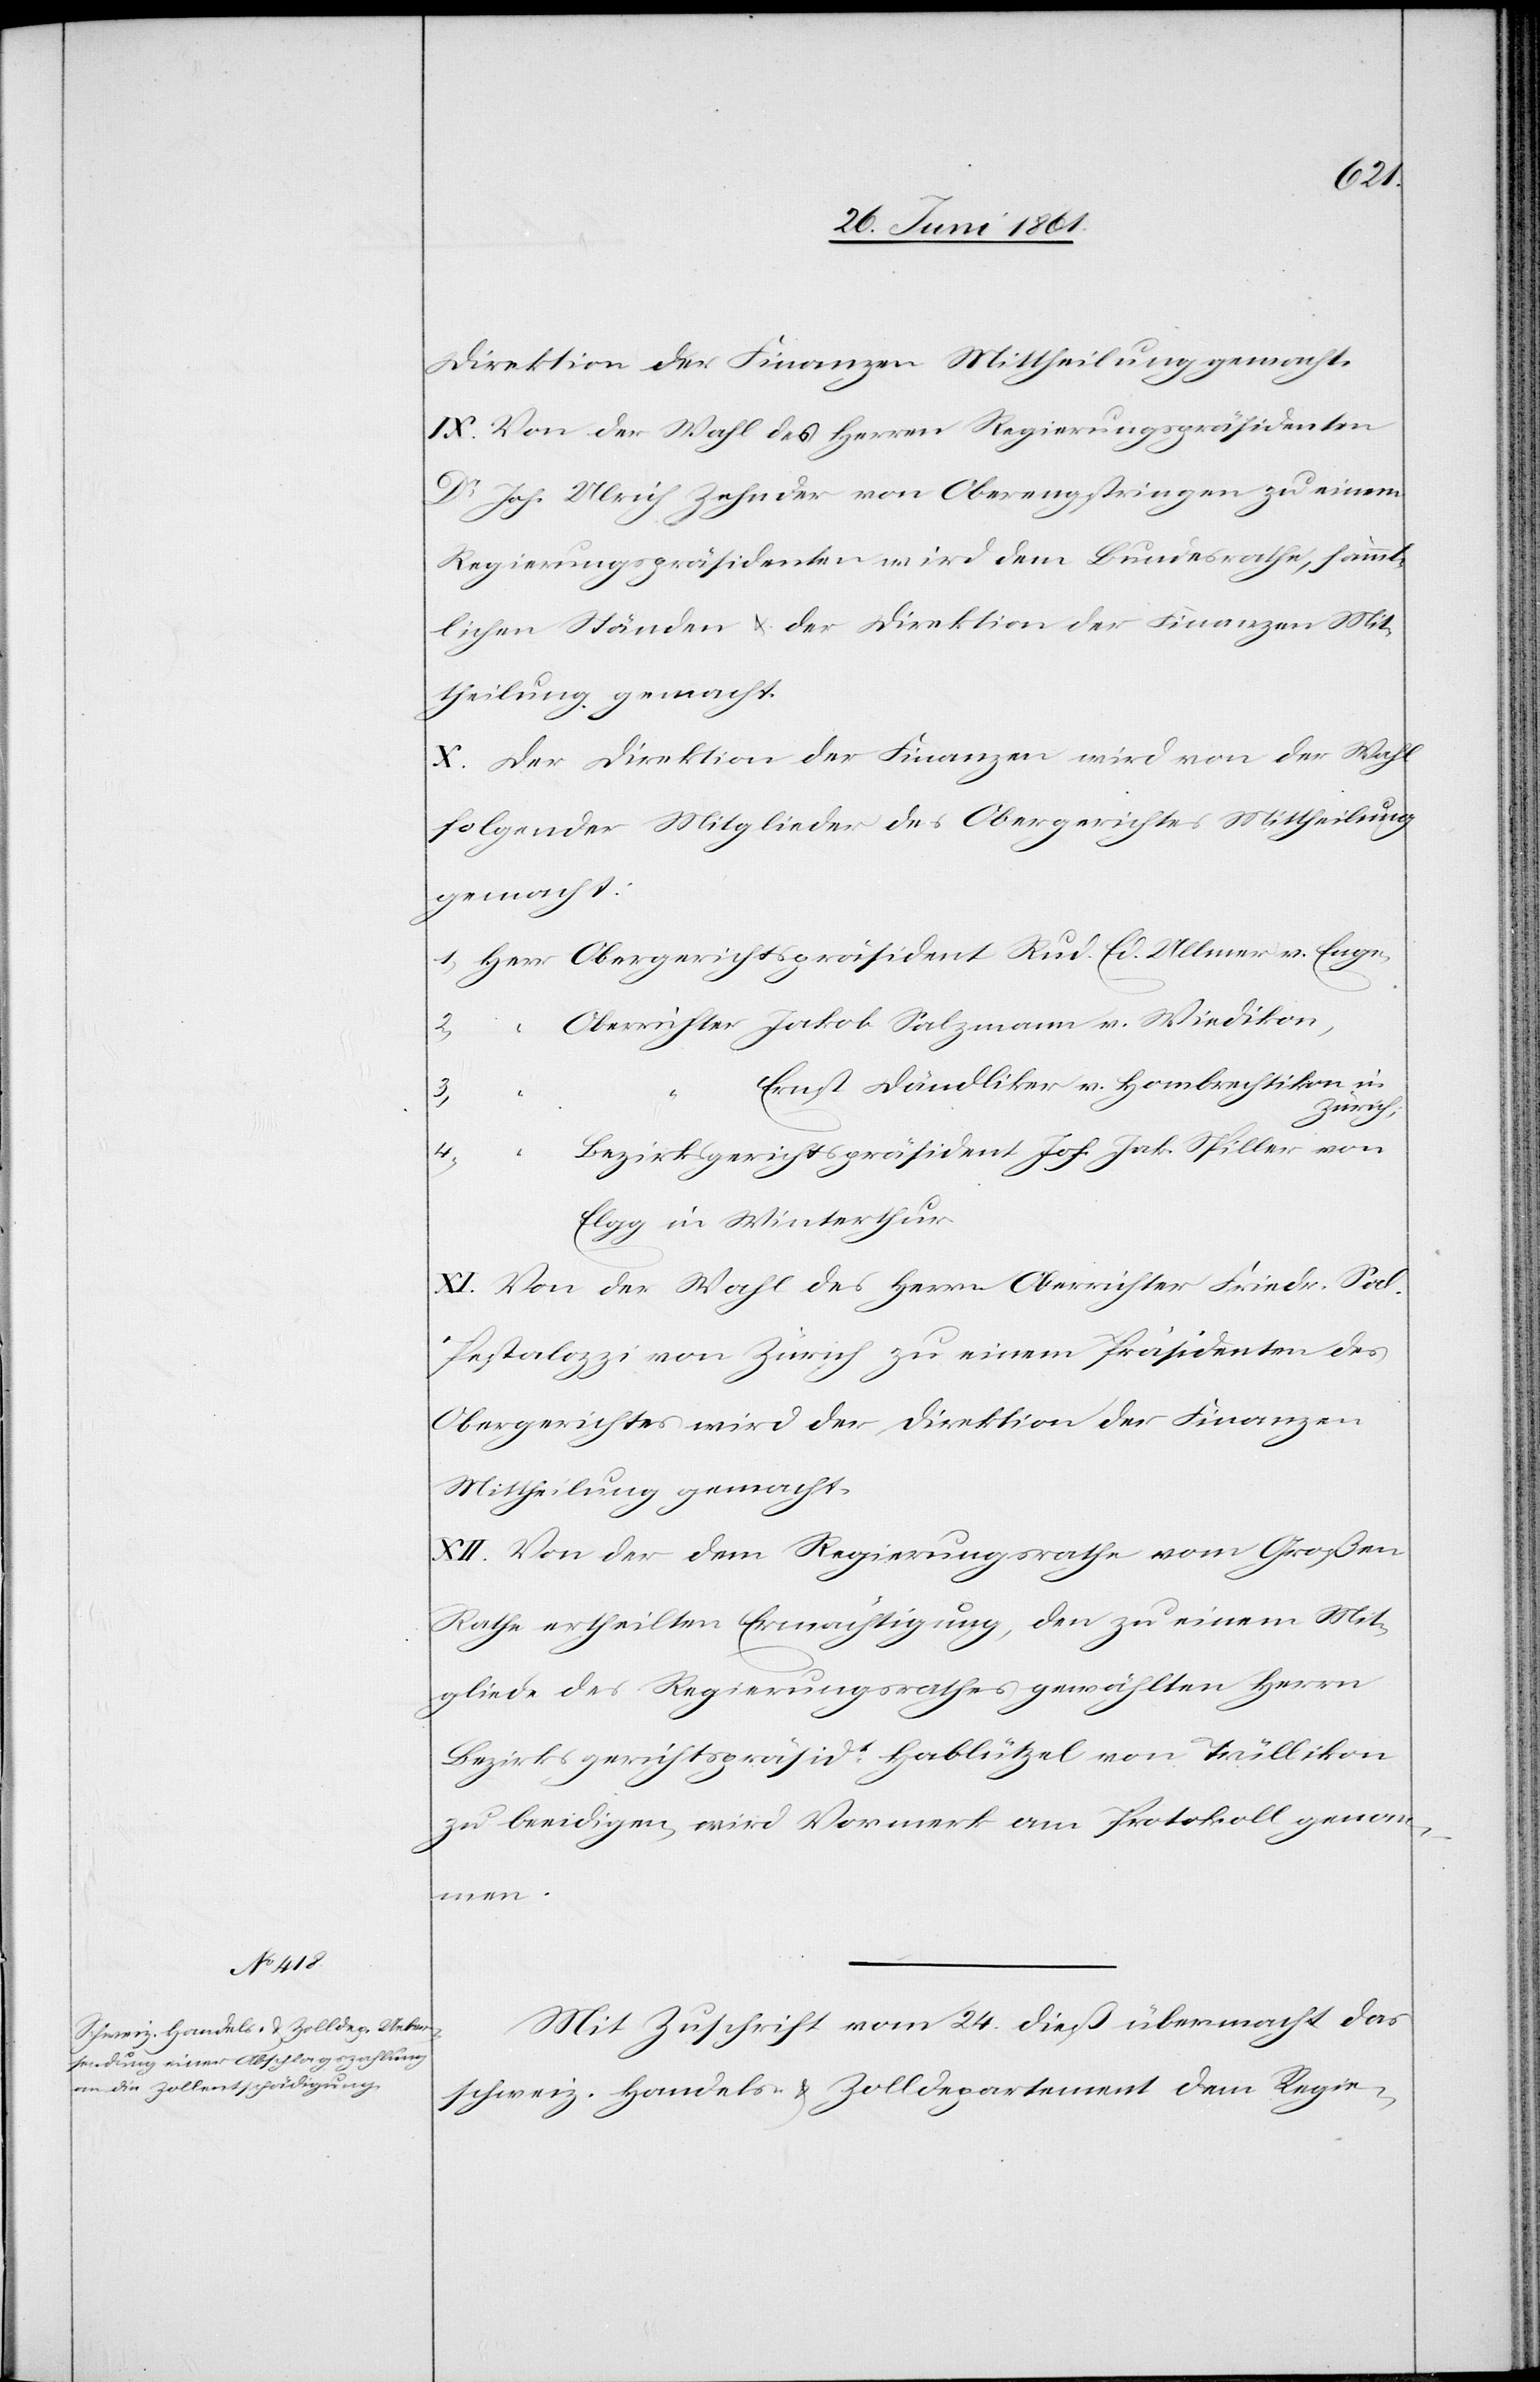
Direktion der Finanzen Mittheilung gemacht.
IX. Von der Wahl des Herrn Regierungspräsidenten
Dr. Joh. Ulrich Zehnder von Oberengstringen zu einem
Regierungspräsidenten wird dem Bundesrathe, sämmt¬
lichen Ständen u. der Direktion der Finanzen Mit¬
theilung gemacht.
X. Der Direktion der Finanzen wird von der Wahl
folgender Mitglieder des Obergerichtes Mittheilung
gemacht:
Ernst Dändliker v. Hombrechtikon in
4.
“
3.
Bezirksgerichtspräsident Joh. Jakob Spiller von
2.
Ellg in Winterthur.
XI. Von der Wahl des Herrn Oberrichter Friedr. Sal.
Pestalozzi von Zürich zu einem Präsidenten des
Obergerichtes wird der Direktion der Finanzen
Mittheilung gemacht.
XII. Von der dem Regierungsrathe vom Großen
Rathe ertheilten Ermächtigung, den zu einem Mit¬
gliede des Regierungsrathes gewählten Herrn
Bezirksgerichtspräsidt. Hablützel von Trüllikon
zu beeidigen, wird Vormerk am Protokoll genom¬
men.
Mit Zuschrift vom 24. dieß übermacht das
schweiz. Handels- u. Zolldepartement dem Regie-